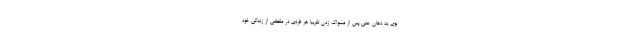
بوی بد دهان حتی پس از مسواک زدن تقریبا هر فردی در مقطعی از زندگی خود